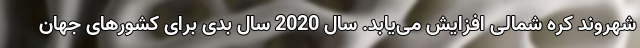
شهروند کره شمالی افزایش می‌یابد. سال 2020 سال بدی برای کشورهای جهان